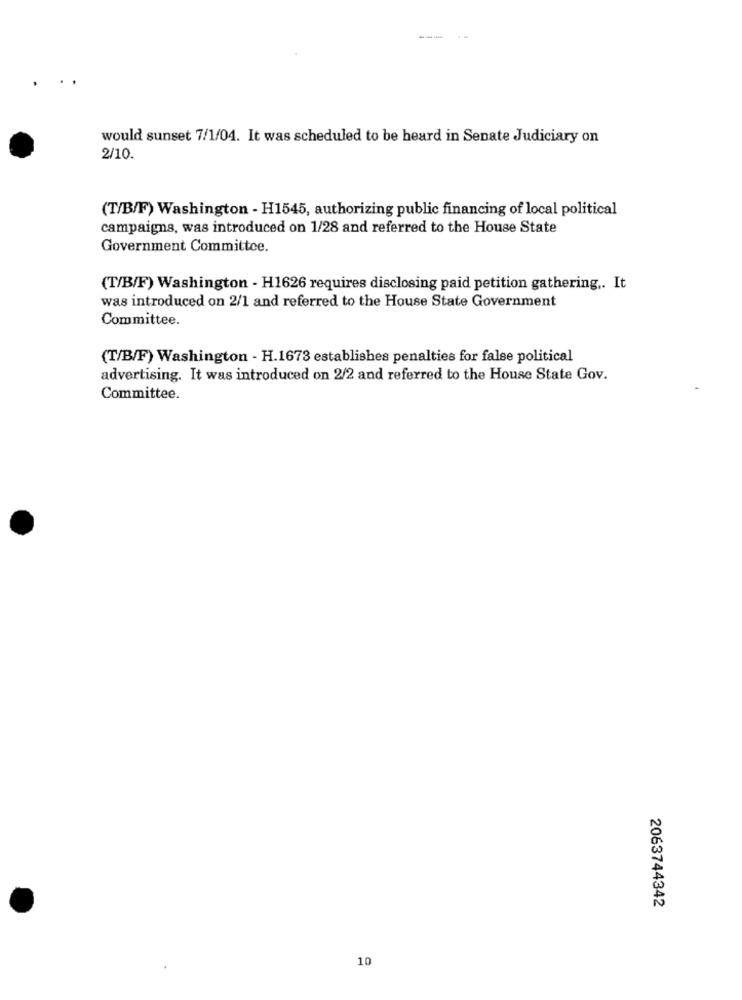
would sunset 7/1/04. It was scheduled to be heard in Senate Judiciary on
2/10.
(T/B/F) Washington - H1545, authorizing public financing of local political
campaigns, was introduced on 1/28 and referred to the House State
Government Committee.
(T/B/F) Washington - H1626 requires disclosing paid petition gathering .. It
was introduced on 2/1 and referred to the House State Government
Committee.
(T/B/F) Washington - H.1673 establishes penalties for false political
advertising. It was introduced on 2/2 and referred to the House State Gov.
Committee.
2063744342
10